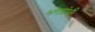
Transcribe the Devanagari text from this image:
भगग्रंथी